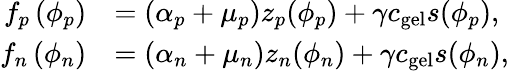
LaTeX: \begin{array}{rl}{f_{p}\left(\phi_{p}\right)}&{=(\alpha_{p}+\mu_{p})z_{p}(\phi_{p})+\gamma c_{\mathrm{gel}}s(\phi_{p}),}\\ {f_{n}\left(\phi_{n}\right)}&{=(\alpha_{n}+\mu_{n})z_{n}(\phi_{n})+\gamma c_{\mathrm{gel}}s(\phi_{n}),}\end{array}